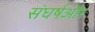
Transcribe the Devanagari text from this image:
संघर्षऔर